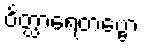
ဝိတ္ထာရေတဗ္ဗော